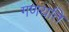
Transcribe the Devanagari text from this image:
गणयति